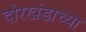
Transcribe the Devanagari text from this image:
दोरखंडाच्या